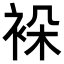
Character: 𬡖